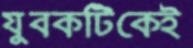
যুবকটিকেই